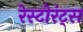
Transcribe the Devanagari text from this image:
रेस्टोरंट्स